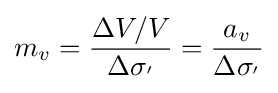
m_{v}={\frac {\Delta V/V}{\Delta \sigma _{'}}}={\frac {a_{v}}{\Delta \sigma _{'}}}